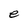
Character: e